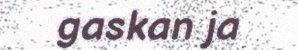
gaskan ja